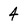
Character: 4